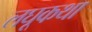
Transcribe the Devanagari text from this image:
लघूकथा